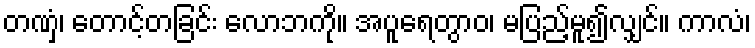
တဏှံ၊ တောင့်တခြင်း လောဘကို။ အပူရေတွာဝ၊ မပြည့်မူ၍လျှင်။ ကာလံ၊